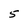
Character: 5